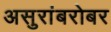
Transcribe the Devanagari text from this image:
असुरांबरोबर